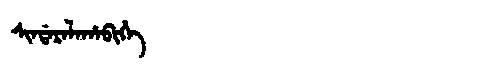
Manchu: ᠰᡳᠨᡩᠠᡵᠠᠯᠠᡥᠠᠪᡳᡥᡝ
Romanization: SINDARALAHABIHE